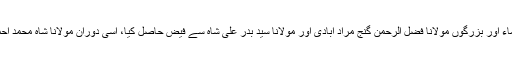
مولانا حکیم اختر نے ابتدا ء میں جید علماء اور بزرگوں مولانا فضل الرحمن گنج مراد آبادی اور مولانا سیّد بدر علی شاہ سے فیض حاصل کیا، اسی دوران مولانا شاہ محمد احمد پرتاب گڑھی سے خلافت حاصل کی۔